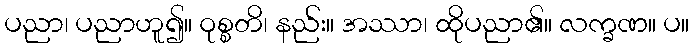
ပညာ၊ ပညာဟူ၍။ ဝုစ္စတိ၊ နည်း။ အဿာ၊ ထိုပညာ၏။ လက္ခဏ။ ပ။